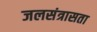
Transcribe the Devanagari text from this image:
जलसंत्रासता